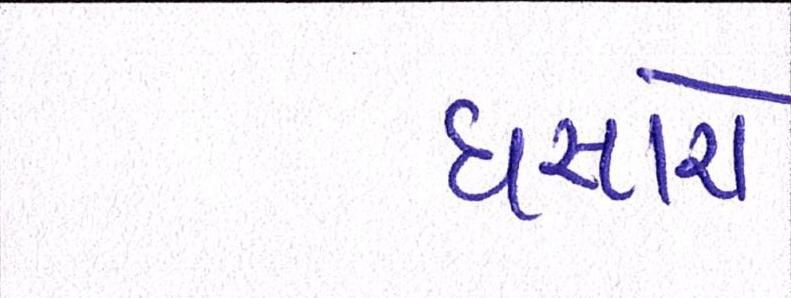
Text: ધસારો